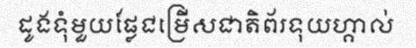
ដូងទុំមួយផ្លែជម្រើសជាតិព័រទុយហ្គាល់